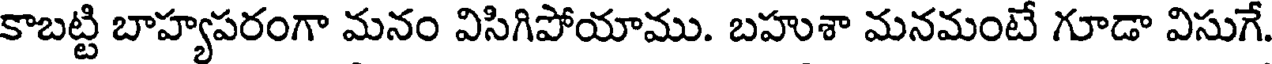
కాబట్టి బాహ్యపరంగా మనం విసిగిపోయాము. బహుశా మనమంటే గూడా విసుగే.